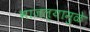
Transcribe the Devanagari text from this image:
भाजल्यामुळे